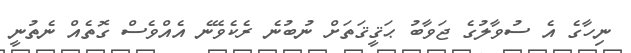
ނިހާގެ އެ ސުވާލުގެ ޖަވާބު ޙަޤީޤަތަށް ނުބުނެ ރެކެވޭނެ އެއްވެސް ގޮތެއް ނެތުނީ